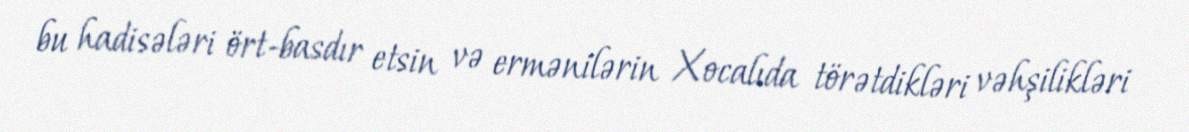
bu hadisələri ört-basdır etsin və ermənilərin Xocalıda törətdikləri vəhşilikləri